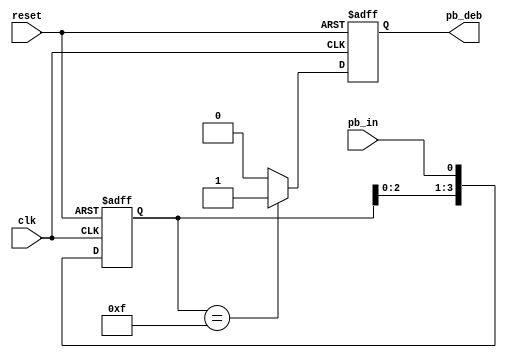
module debounce_circuit(
    clk, // clock control
    reset, // reset
    pb_in, //push button input
    pb_deb // debounced push button output
);
// declare the I/Os
input clk; // clock control
input reset; // reset
input pb_in; //push button input
output pb_deb; // debounced push button output
reg pb_deb; // debounced push button output
// declare the internal nodes
reg [3:0] debounce_window; // shift register flip flop
reg pb_debounced_next; // debounce result
// Shift register
always @(posedge clk or negedge reset)
    if (~reset)
        debounce_window <= 4'd0;
    else
        debounce_window <= {debounce_window[2:0], pb_in};
// debounce circuit
always @*
    if (debounce_window == 4'b1111)
        pb_debounced_next = 1'b1;
    else
        pb_debounced_next = 1'b0;
always @(posedge clk or negedge reset)
    if (~reset)
        pb_deb <= 1'b0;
    else
        pb_deb <= pb_debounced_next;
endmodule